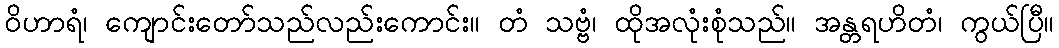
ဝိဟာရံ၊ ကျောင်းတော်သည်လည်းကောင်း။ တံ သဗ္ဗံ၊ ထိုအလုံးစုံသည်။ အန္တရဟိတံ၊ ကွယ်ပြီ။